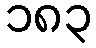
၁၈၃